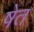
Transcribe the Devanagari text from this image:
षेत